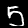
Digit: 5